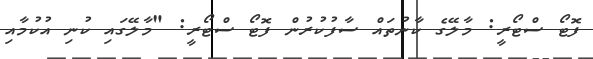
ފޮޓޯ ސްޓޯރީ: މާލޭގެ ކާނުތައް ސާފުކުރުން ފޮޓޯ ސްޓޯރީ: "މާލޭގައި ކުނި އުކުމާއި